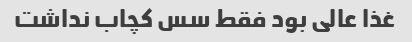
غذا عالی بود فقط سس کچاب نداشت